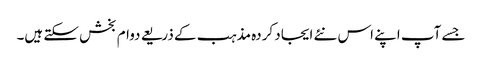
جسے آپ اپنے اس نئے ایجاد کردہ مذہب کے ذریعے دوام بخش سکتے ہیں۔